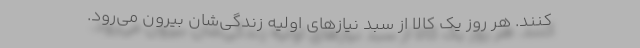
‌کنند. هر روز یک کالا از سبد نیاز‌های اولیه زندگی‌شان بیرون می‌رود.